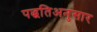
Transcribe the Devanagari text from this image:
पद्धतिअनुसार